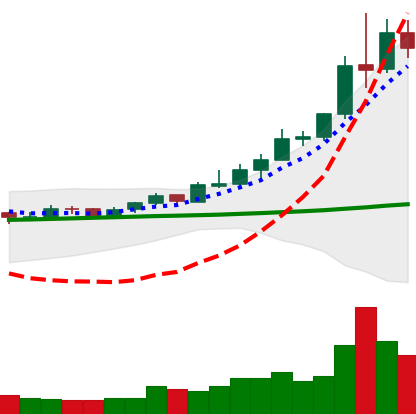
Ticker: XRP-USD
Chart end date: 2020-08-04
Forward return: -3.94%
Label: down_3_5